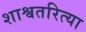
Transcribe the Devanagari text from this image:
शाश्वतरित्या